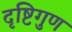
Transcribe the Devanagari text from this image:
दृष्टिगुण